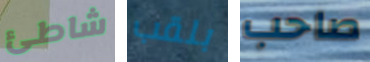
شاطئ بلقب صاحب